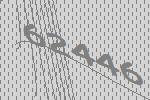
62446